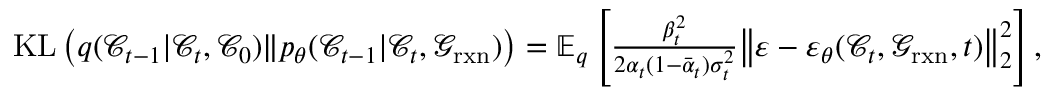
\begin{array} { r } { \mathrm { K L } \left( q ( \mathcal { C } _ { t - 1 } \vert \mathcal { C } _ { t } , \mathcal { C } _ { 0 } ) \Vert p _ { \theta } ( \mathcal { C } _ { t - 1 } \vert \mathcal { C } _ { t } , \mathcal { G } _ { \mathrm { r x n } } ) \right) = \mathbb { E } _ { q } \left[ \frac { \beta _ { t } ^ { 2 } } { 2 \alpha _ { t } ( 1 - \bar { \alpha } _ { t } ) \sigma _ { t } ^ { 2 } } \big \Vert \varepsilon - \varepsilon _ { \theta } ( \mathcal { C } _ { t } , \mathcal { G } _ { \mathrm { r x n } } , t ) \big \Vert _ { 2 } ^ { 2 } \right] , } \end{array}